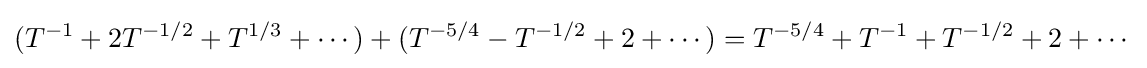
(T^{-1}+2T^{-1/2}+T^{1/3}+\cdots )+(T^{-5/4}-T^{-1/2}+2+\cdots )=T^{-5/4}+T^{-1}+T^{-1/2}+2+\cdots